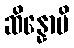
ဆိန္နောပိ